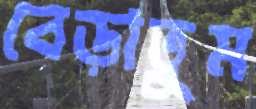
বেড়াতুম